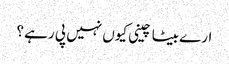
ارے بیٹا چینی کیوں نہیں پی رہے ؟